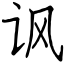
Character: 讽